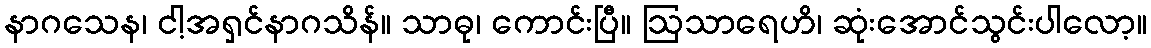
နာဂသေန၊ ငါ့အရှင်နာဂသိန်။ သာဓု၊ ကောင်းပြီ။ ဩသာရေဟိ၊ ဆုံးအောင်သွင်းပါလော့။